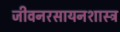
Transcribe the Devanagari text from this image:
जीवनरसायनशास्त्र